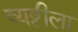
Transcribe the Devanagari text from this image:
व्यष्टीला